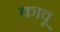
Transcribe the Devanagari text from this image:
कावू